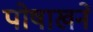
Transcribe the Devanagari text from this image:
पोषाखने